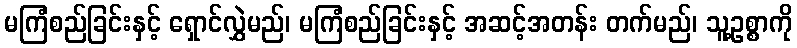
မကြံစည်ခြင်းနှင့် ရှောင်လွှဲမည်၊ မကြံစည်ခြင်းနှင့် အဆင့်အတန်း တက်မည်၊ သူ့ဥစ္စာကို